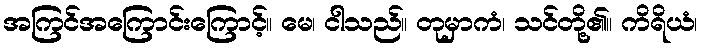
အကြင်အကြောင်းကြောင့်။ မေ၊ ငါသည်။ တုမှာကံ၊ သင်တို့၏။ ကိရိယံ၊